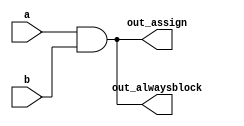
module top_module (
	input a, b,
	output wire out_assign,
	output wire out_alwaysblock);

	assign out_assign = a&b;

	always @(*)
		begin
			out_alwaysblock = a&b;
		end
endmodule